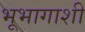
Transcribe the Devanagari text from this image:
भूभागाशी